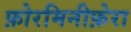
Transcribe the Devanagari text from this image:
फ़ोरमिनीफ़ेरा